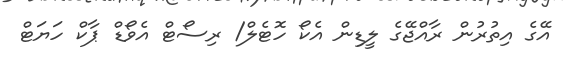
އޭގެ އިތުރުން ރާއްޖޭގެ ލީޑިން އެކޯ ހޮޓެލް/ ރިސޯޓް އެވޯޑް ޕާކް ހަޔަޓް